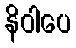
နိဝါပေ